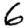
Digit: 6